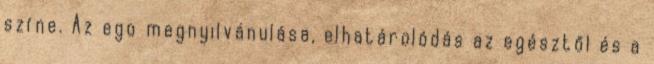
színe. Az ego megnyilvánulása, elhatárolódás az egésztől és a